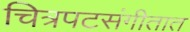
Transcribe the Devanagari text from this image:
चित्रपटसंगीतात